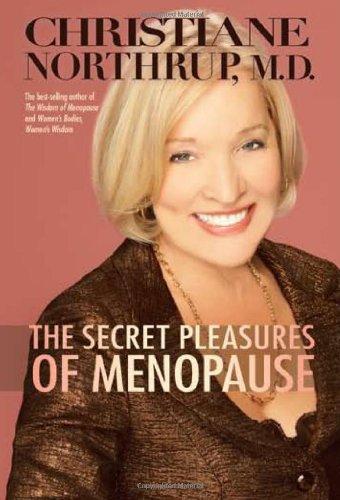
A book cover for The Secret Pleasures of Menopause; Christiane Northrup M.D.; Health, Fitness & Dieting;